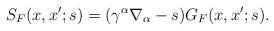
\begin{align*}S_{F}(x,x';s)=(\gamma^\alpha\nabla_\alpha-s)G_{F}(x,x';s).\end{align*}